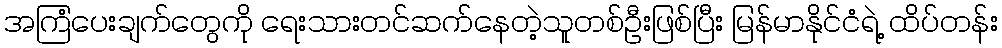
အကြံပေးချက်တွေကို ရေးသားတင်ဆက်နေတဲ့သူတစ်ဦးဖြစ်ပြီး မြန်မာနိုင်ငံရဲ့ ထိပ်တန်း